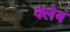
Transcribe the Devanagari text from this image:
क्लेब